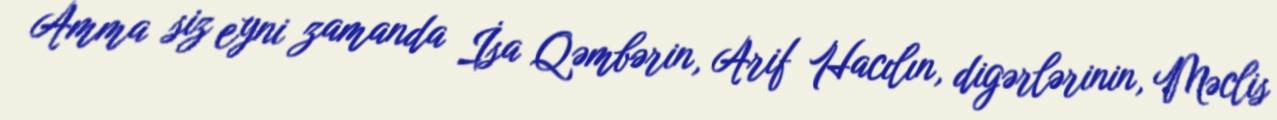
Amma siz eyni zamanda İsa Qəmbərin, Arif Hacılın, digərlərinin, Məclis